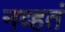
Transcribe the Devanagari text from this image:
नव्‍हतं